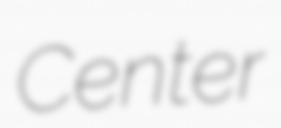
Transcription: Center